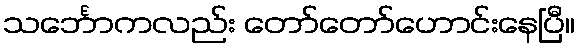
သင်္ဘောကလည်း တော်တော်ဟောင်းနေပြီ။